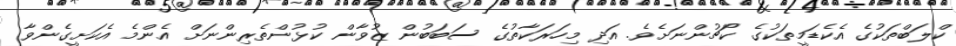
ކްލަބްތަކުގެ އެކެޑަމީތަކުގެ ކޯޗުންނަށެވެ. އަދި މިހަރަކާތުގެ ސަބަބުން ޒުވާން ކުޅުންތެރިންނަށް އެންމެ އެކަށީގެންވާ